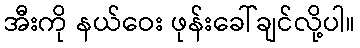
အီးကို နယ်ဝေး ဖုန်းခေါ်ချင်လို့ပါ။